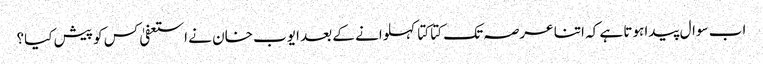
اب سوال پیدا ہوتا ہے کہ اتنا عرصہ تک کتا کتا کہلوانے کے بعد ایوب خان نے استعفیٰ کس کو پیش کیا؟